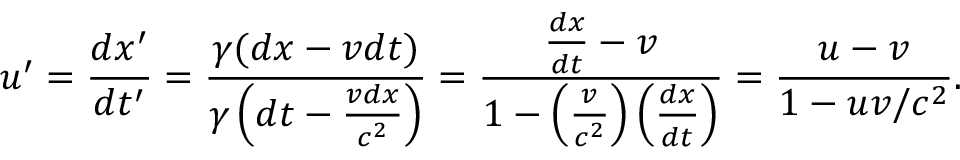
u ^ { \prime } = { \frac { d x ^ { \prime } } { d t ^ { \prime } } } = { \frac { \gamma ( d x - v d t ) } { \gamma \left( d t - { \frac { v d x } { c ^ { 2 } } } \right) } } = { \frac { { \frac { d x } { d t } } - v } { 1 - \left( { \frac { v } { c ^ { 2 } } } \right) \left( { \frac { d x } { d t } } \right) } } = { \frac { u - v } { 1 - u v / c ^ { 2 } } } .